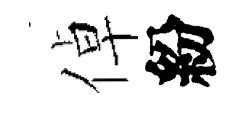
倬紛